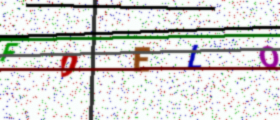
Text: FDELQ